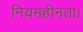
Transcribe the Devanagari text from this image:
नियमहीनता।